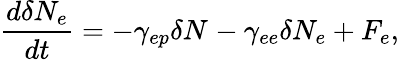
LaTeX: \frac{d\delta N_{e}}{dt}=-\gamma_{ep}\delta N_{}-\gamma_{ee}\delta N_{e}+F_{e},